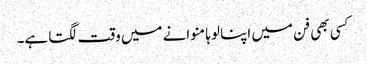
کسی بھی فن میں اپنا لوہا منوانے میں وقت لگتا ہے۔